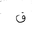
Letter: _qaf